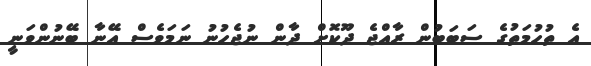
އެ ތުހުމަތުގެ ސަބަބުން ރާއްޖެ ދޫކޮށް ދާން ނުޖެހުނު ނަމަވެސް އޭނާ ބޭނުންވަނީ